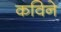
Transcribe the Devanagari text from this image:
कविने